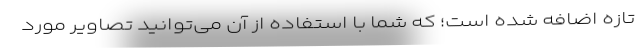
تازه اضافه شده است؛ که شما با استفاده از آن می‌توانید تصاویر مورد